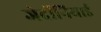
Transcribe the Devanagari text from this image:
जेर्दोनियाई